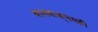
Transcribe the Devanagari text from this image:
बालवाङ्‌मयही